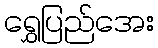
ရွှေပြည်အေး